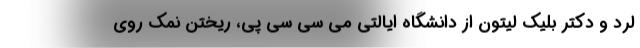
لرد و دکتر بلیک لیتون از دانشگاه ایالتی می سی سی پی، ریختن نمک روی